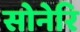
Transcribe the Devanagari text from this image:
सोनेरि